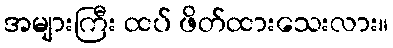
အများကြီး ထပ် ဖိတ်ထားသေးလား။